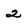
Character: 2